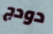
دودج